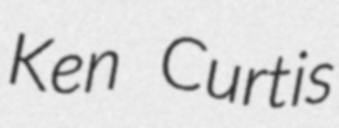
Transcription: Ken Curtis